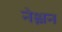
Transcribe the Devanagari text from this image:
नेश्लन